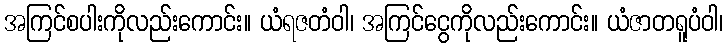
အကြင်စပါးကိုလည်းကောင်း။ ယံရဇတံဝါ၊ အကြင်ငွေကိုလည်းကောင်း။ ယံဇာတရူပံဝါ၊